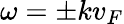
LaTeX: \omega=\pm kv_{F}